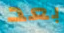
بعد